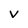
Character: V